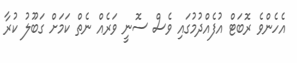
އެހެންވެ ރޮބަޓް އުފެއްދުމުގައި ވެސް ސޮނީ ވަރެއް ނެތް ކަމަށް ގަބޫލު ކުރާ